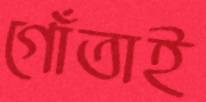
গোঁতাই